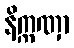
နိက္ကဏှာ